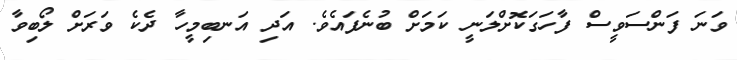
ވަނަ ފަންސަވީސް ފާހަގަކޮށްލަނީ ކަމަށް ބުނެފައެވެ. އަދި އަނބިމީހާ ދެކެ ވަރަށް ލޯބިވާ